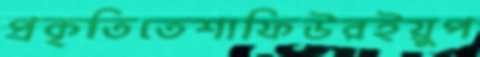
প্রকৃতিতেশাফিউরইয়ুপ